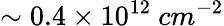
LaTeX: \sim 0.4\times 10^{12}\ cm^{-2}